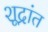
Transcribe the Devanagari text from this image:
शूद्रांत